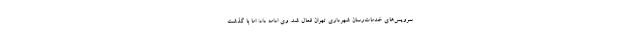
سرویس‌های خدمات‌رسان شهرداری تهران فعال شد. وی ادامه داد: اما با گذشت